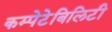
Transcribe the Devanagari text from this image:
कम्पेटेबिलिटी